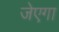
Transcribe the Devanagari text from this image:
जेएगा